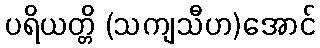
ပရိယတ္တိ (သကျသီဟ)အောင်